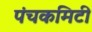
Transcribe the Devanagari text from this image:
पंचकमिटी